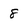
Character: 8